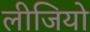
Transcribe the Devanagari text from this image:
लीजियो